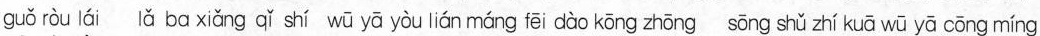
guǒ ròu lái lǎ bα xiǎng qǐ shí wū yā yòu lián máng fēi dào kōng zhōng sōng shǔ zhí kuā wū yā cōng míng